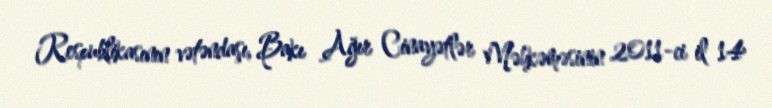
Respublikasının vətəndaşı, Bakı Ağır Cinayətlər Məhkəməsinin 2011-ci il 14